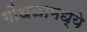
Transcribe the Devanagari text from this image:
गोंधळामध्ये